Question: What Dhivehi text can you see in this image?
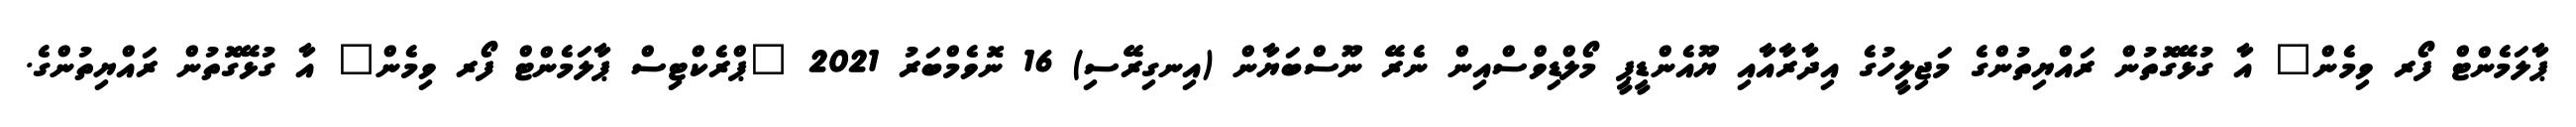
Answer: ޕާލަމެންޓް ފޯރ ވިމެން" އާ ގުޅޭގޮތުން ރައްޔިތުންގެ މަޖިލީހުގެ އިދާރާއާއި ޔޫއެންޑީޕީ މޯލްޑިވްސްއިން ނެރޭ ނޫސްބަޔާން (އިނގިރޭސި) 16 ނޮވެމްބަރު 2021 "ޕްރެކްޓިސް ޕާލަމެންޓް ފޯރ ވިމެން" އާ ގުޅޭގޮތުން ރައްޔިތުންގެ.